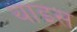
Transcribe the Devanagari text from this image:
थाइस